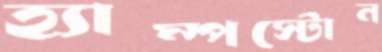
হ্যাম্পস্টোন